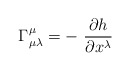
\begin{align*}\Gamma^{\mu}_{\mu \lambda}=-\ \frac{\partial h}{\partial x^{\lambda}}\end{align*}